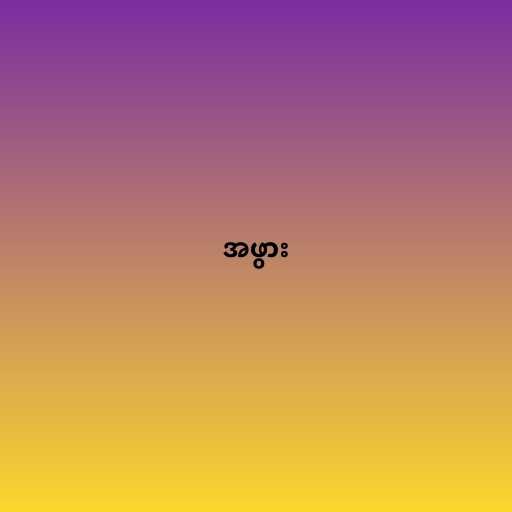
အဖွား